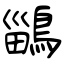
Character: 鶅